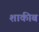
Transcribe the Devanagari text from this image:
शाकीब